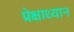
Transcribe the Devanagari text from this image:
प्रेक्षाध्यान